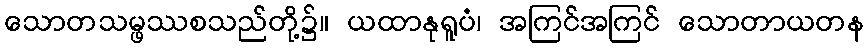
သောတသမ္ဖဿစသည်တို့၌။ ယထာနုရူပံ၊ အကြင်အကြင် သောတာယတန